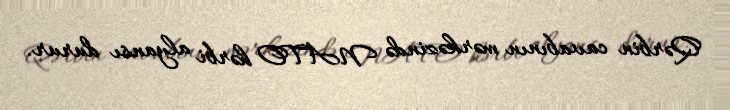
Qərbin cavabının mərkəzində NATO hərbi alyansı durur.